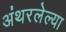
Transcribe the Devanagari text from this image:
अंथरलेल्या